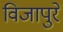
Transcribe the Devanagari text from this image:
विजापुरे